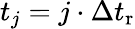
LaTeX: t_{j}=j\cdot\Delta t_{\mathrm{r}}